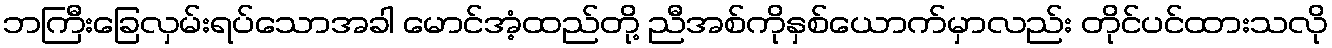
ဘကြီးခြေလှမ်းရပ်သောအခါ မောင်အံ့ထည်တို့ ညီအစ်ကိုနှစ်ယောက်မှာလည်း တိုင်ပင်ထားသလို